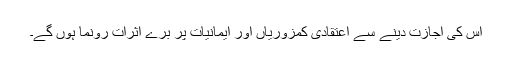
اس کی اجازت دینے سے اعتقادی کمزوریاں اور ایمانیات پر برے اثرات رونما ہوں گے۔